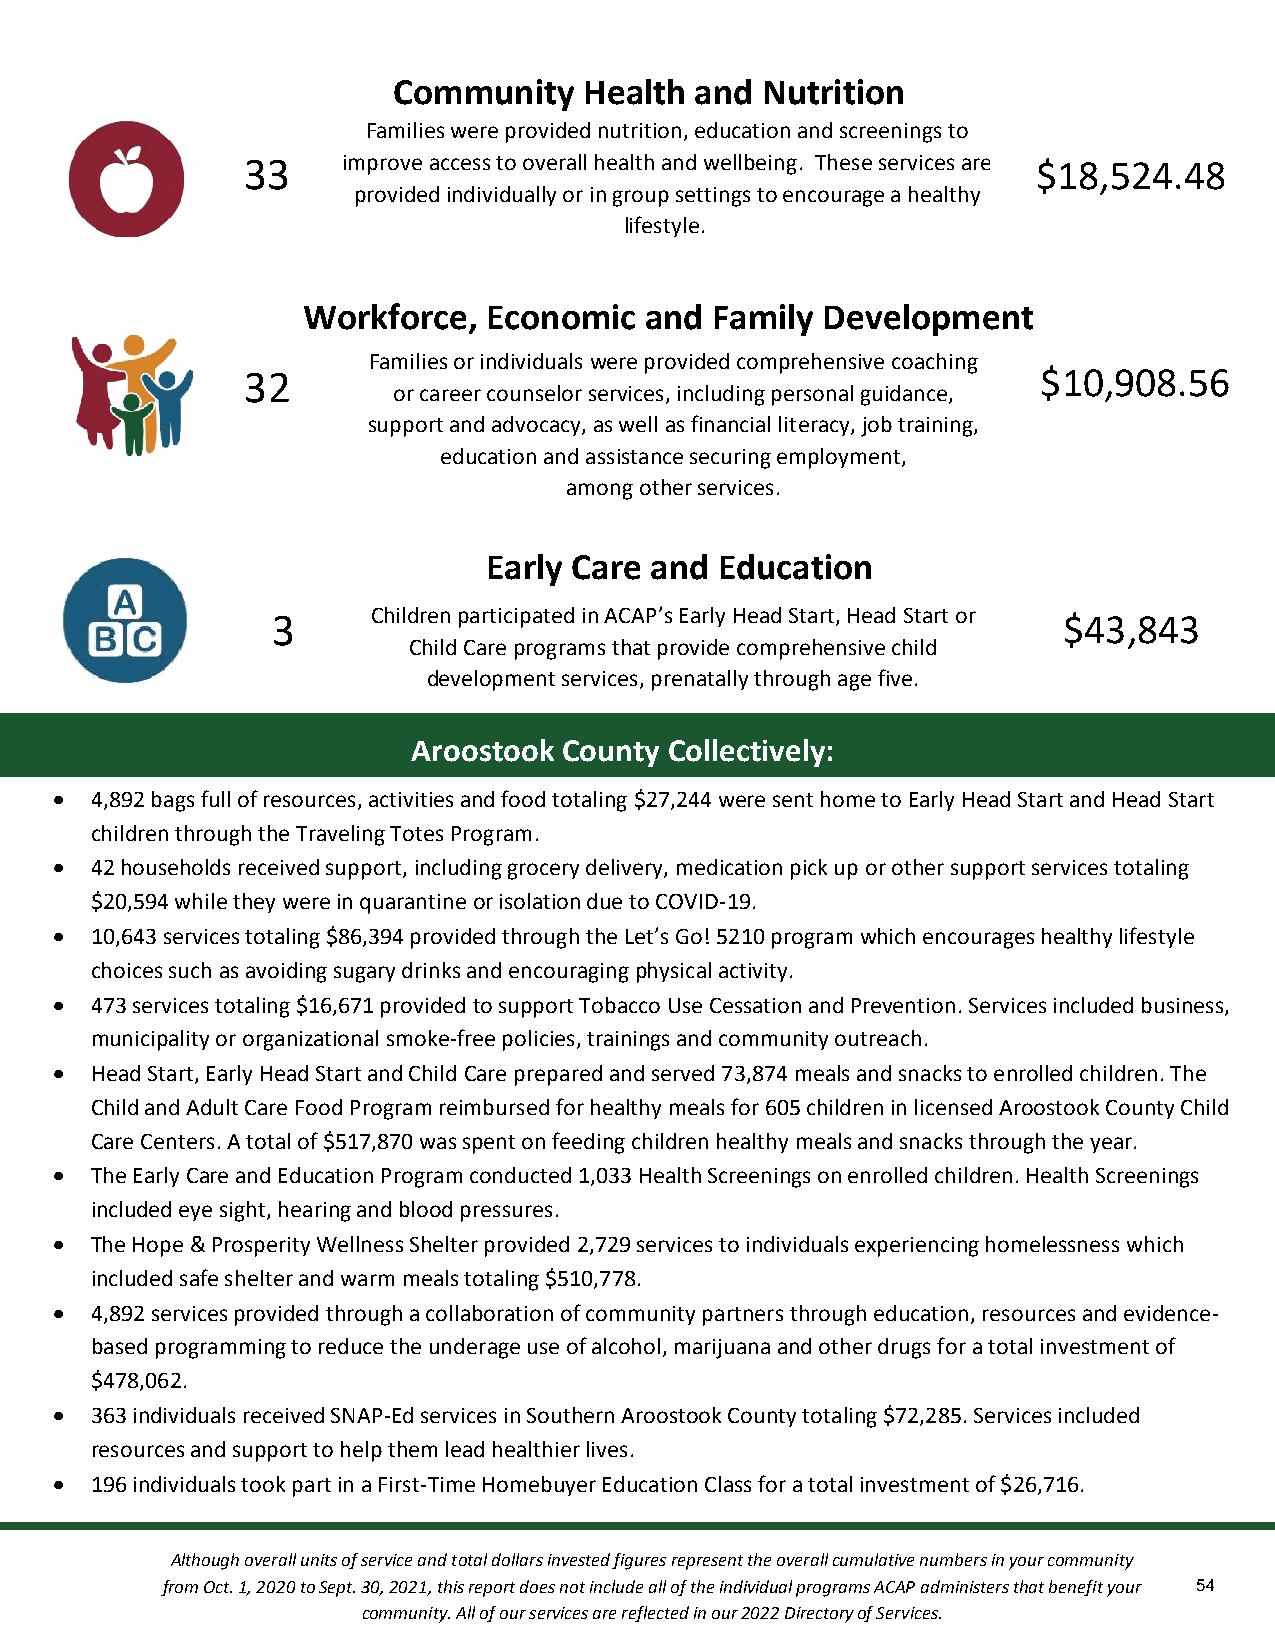
Community    Health and Nutrition
 Families were provided nutrition, education and screenings to
 33     imp rove access to overall healt&h a nd wellbeing. These services are $18,524.48
 provided individually or in group settings to encourage a healthy
 lifestyle.
 cation
 Workforce,  Economic   and Family Development
 Families or individuals were provided comprehensive coaching
 32                                                   $10,908.56
 or career counselor services, including personal guidacnacet,i on
 support and advocacy, as well as financial literacy, job training,
 education and assistance securing employment,
 among other services.
 Early Care and  Education
 3      Children participated in ACAP’s Early Head Start, Head Start or $43,843
 Child Care programs that provide comprehensive child
 development services, prenatally through age five.
 Aroostook County Collectively:
  4,892 bags full of resources, activities and food totaling $27,244 were sent home to Early Head Start and Head Start
 children through the Traveling Totes Program.
  42 households received support, including grocery delivery, medication pick up or other support services totaling
 $20,594 while they were in quarantine or isolation due to COVID-19.
  10,643 services totaling $86,394 provided through the Let’s Go! 5210 program which encourages healthy lifestyle
 choices such as avoiding sugary drinks and encouraging physical activity.
  473 services totaling $16,671 provided to support Tobacco Use Cessation and Prevention. Services included business,
 municipality or organizational smoke-free policies, trainings and community outreach.
  Head Start, Early Head Start and Child Care prepared and served 73,874 meals and snacks to enrolled children. The
 Child and Adult Care Food Program reimbursed for healthy meals for 605 children in licensed Aroostook County Child
 Care Centers. A total of $517,870 was spent on feeding children healthy meals and snacks through the year.
  The Early Care and Education Program conducted 1,033 Health Screenings on enrolled children. Health Screenings
 included eye sight, hearing and blood pressures.
  The Hope & Prosperity Wellness Shelter provided 2,729 services to individuals experiencing homelessness which
 included safe shelter and warm meals totaling $510,778.
  4,892 services provided through a collaboration of community partners through education, resources and evidence-
 based programming to reduce the underage use of alcohol, marijuana and other drugs for a total investment of
 $478,062.
  363 individuals received SNAP-Ed services in Southern Aroostook County totaling $72,285. Services included
 resources and support to help them lead healthier lives.
  196 individuals took part in a First-Time Homebuyer Education Class for a total investment of $26,716.
 Although overall units of service and total dollars invested figures represent the overall cumulative numbers in your community
 from Oct. 1, 2020 to Sept. 30, 2021, this report does not include all of the individual programs ACAP administers that benefit your 54
 community. All of our services are reflected in our 2022 Directory of Services.